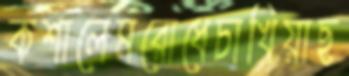
কশালেমরোধেচাখিয়াছ